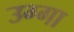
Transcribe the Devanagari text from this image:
उग्गा